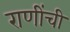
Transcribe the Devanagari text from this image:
राणींची